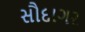
સૌદાગર